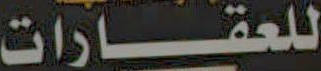
للعقارات